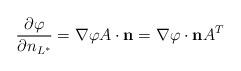
LaTeX: \begin{align*}\frac{\partial \varphi}{\partial n_{L^{*}}} = \nabla \varphi A \cdot {\bf{n}}= \nabla \varphi \cdot {\bf{n}} A^T\end{align*}